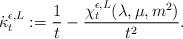
LaTeX: \begin{align*}\dot\kappa^{\epsilon,L}_t := \frac{1}{t} - \frac{\chi^{\epsilon,L}_t(\lambda,\mu,m^2)}{t^2}.\end{align*}